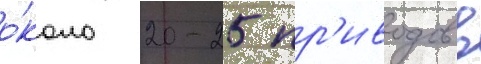
о́коло 20-25 пр'иводов в